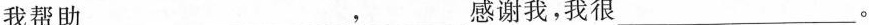
我帮助___，___感谢我，我很___。